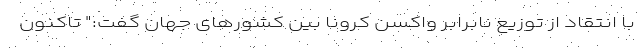
با انتقاد از توزیع نابرابر واکسن کرونا بین کشورهای جهان گفت:" تاکنون